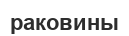
раковины